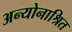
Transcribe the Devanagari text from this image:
अन्योनाश्रित